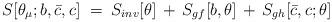
LaTeX: \begin{align*}S[\theta_\mu;b,{\bar c}, c] \;=\; S_{inv}[\theta] \,+\,S_{gf}[b,\theta]\,+\, S_{gh}[{\bar c},c;\theta]\end{align*}